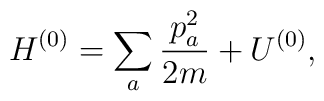
H^{(0)}=\sum _a\frac{p_a^2}{2m}+U^{(0)},